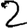
Digit: 2